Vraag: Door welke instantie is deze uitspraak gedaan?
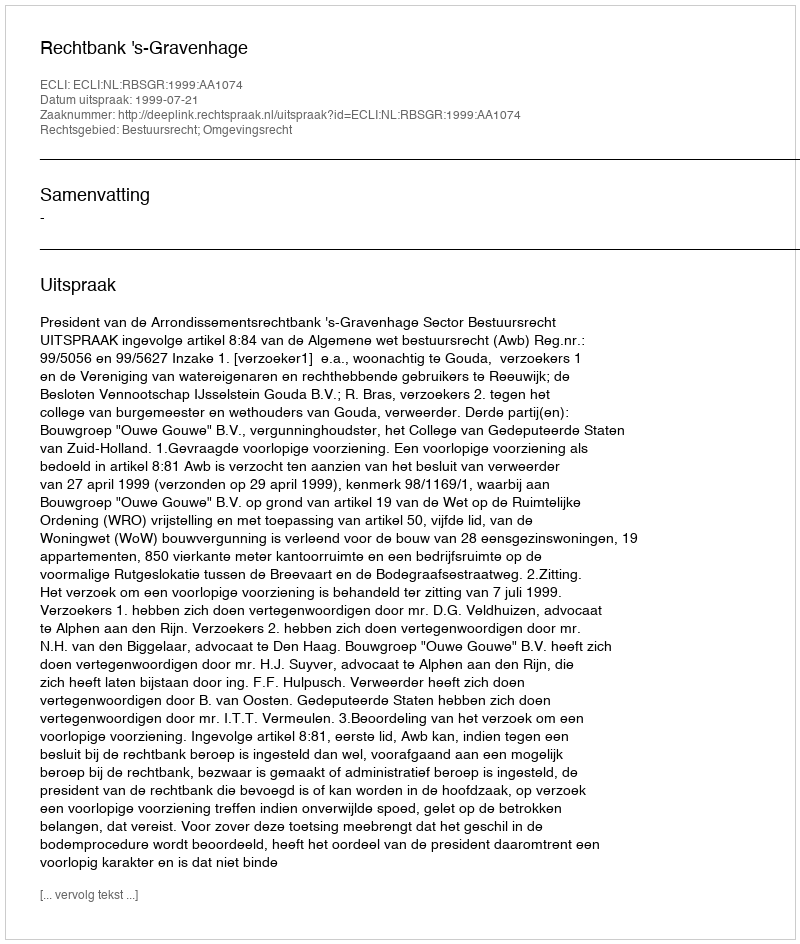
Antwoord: Rechtbank 's-Gravenhage